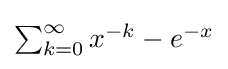
{\textstyle \sum _{k=0}^{\infty }x^{-k}-e^{-x}}